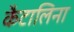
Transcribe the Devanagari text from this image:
कैटालिना